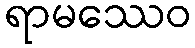
ရာမဿေဝ